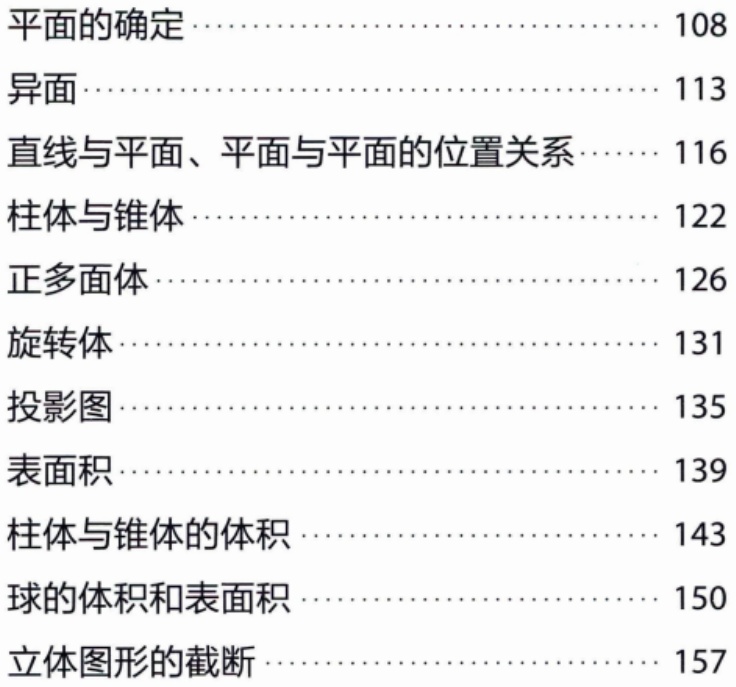
平面的确定\cdots\cdots\cdots\cdots\cdots\cdots\cdots\cdots\cdots\cdots 108\\

异面\cdots\cdots\cdots\cdots\cdots\cdots\cdots\cdots\cdots\cdots\cdots\cdots\cdots\cdots 113\\

直线与平面、平面与平面的位置关系\cdots\cdots 116\\

柱体与锥体\cdots\cdots\cdots\cdots\cdots\cdots\cdots\cdots\cdots\cdots\cdots\cdots 122\\

正多面体\cdots\cdots\cdots\cdots\cdots\cdots\cdots\cdots\cdots\cdots\cdots\cdots\cdots 126\\

旋转体\cdots\cdots\cdots\cdots\cdots\cdots\cdots\cdots\cdots\cdots\cdots\cdots\cdots\cdots 131\\

投影图\cdots\cdots\cdots\cdots\cdots\cdots\cdots\cdots\cdots\cdots\cdots\cdots\cdots\cdots 135\\

表面积\cdots\cdots\cdots\cdots\cdots\cdots\cdots\cdots\cdots\cdots\cdots\cdots\cdots\cdots 139\\

柱体与锥体的体积\cdots\cdots\cdots\cdots\cdots\cdots\cdots\cdots\cdots 143\\

球的体积和表面积\cdots\cdots\cdots\cdots\cdots\cdots\cdots\cdots\cdots 150\\

立体图形的截断\cdots\cdots\cdots\cdots\cdots\cdots\cdots\cdots\cdots\cdots 157\\